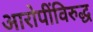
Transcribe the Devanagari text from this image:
आरोपींविरुद्ध